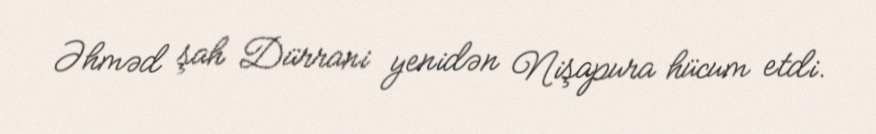
Əhməd şah Dürrani yenidən Nişapura hücum etdi.